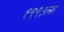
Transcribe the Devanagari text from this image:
१९९३ला